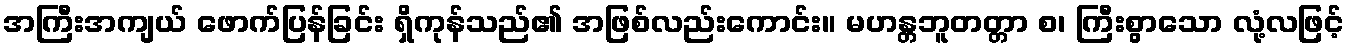
အကြီးအကျယ် ဖောက်ပြန်ခြင်း ရှိကုန်သည်၏ အဖြစ်လည်းကောင်း။ မဟန္တဘူတတ္တာ စ၊ ကြီးစွာသော လုံ့လဖြင့်